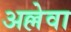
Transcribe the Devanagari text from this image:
अल्लेवा